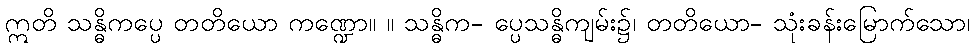
ဣတိ သန္ဓိကပ္ပေ တတိယော ကဏ္ဍော။ ။ သန္ဓိက- ပ္ပေသန္ဓိကျမ်း၌၊ တတိယော- သုံးခန်းမြောက်သော၊